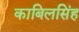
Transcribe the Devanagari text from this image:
काबिलसिंह